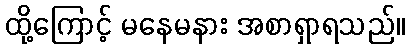
ထို့ကြောင့် မနေမနား အစာရှာရသည်။